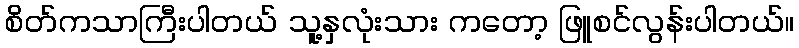
စိတ်ကသာကြီးပါတယ် သူ့နှလုံးသား ကတော့ ဖြူစင်လွန်းပါတယ်။